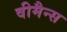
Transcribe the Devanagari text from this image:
वीमैन्स